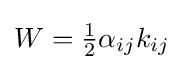
W={\tfrac {1}{2}}\alpha _{ij}k_{ij}